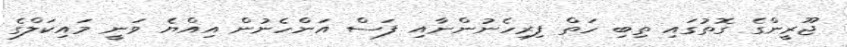
ޖޫރީންގެ ގޮތުގައި ތިބި ހަތް ފިރިހެނުންނާއި ފަސް އަންހެނުން އިއްޔެ ވަނީ މައިކަލްގެ